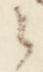
之